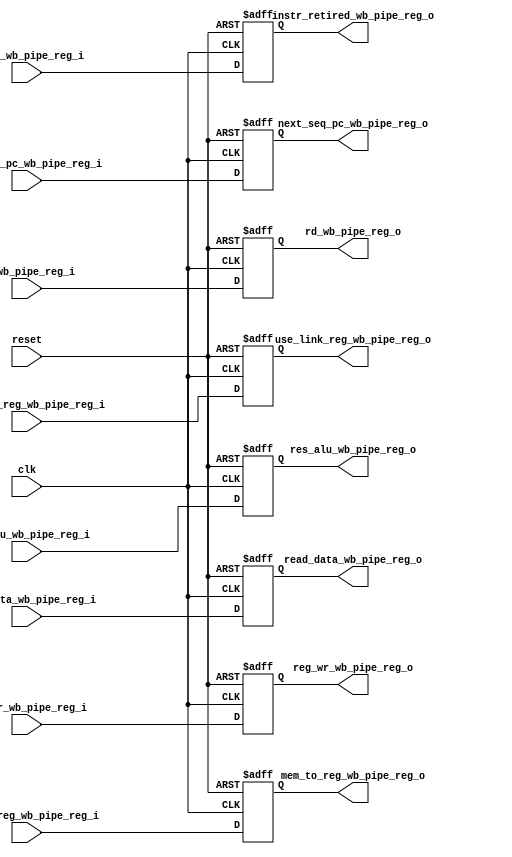
module wb_pipe_reg
    (
        input   wire        clk,
        input   wire        reset,
        input   wire        valid_wb_pipe_reg_i,
        input   wire        reg_wr_wb_pipe_reg_i,
        input   wire        mem_to_reg_wb_pipe_reg_i,
        input   wire[4:0]   rd_wb_pipe_reg_i,
        input   wire[31:0]  res_alu_wb_pipe_reg_i,
        input   wire[31:0]  read_data_wb_pipe_reg_i,
        input   wire        use_link_reg_wb_pipe_reg_i,
        input   wire[31:0]  next_seq_pc_wb_pipe_reg_i,
        output  wire        instr_retired_wb_pipe_reg_o,
        output  wire        reg_wr_wb_pipe_reg_o,
        output  wire        mem_to_reg_wb_pipe_reg_o,
        output  wire[4:0]   rd_wb_pipe_reg_o,
        output  wire[31:0]  res_alu_wb_pipe_reg_o,
        output  wire[31:0]  read_data_wb_pipe_reg_o,
        output  wire        use_link_reg_wb_pipe_reg_o,
        output  wire[31:0]  next_seq_pc_wb_pipe_reg_o
    );

    reg        reg_wr_wb_pipe_reg;
    reg        mem_to_reg_wb_pipe_reg;
    reg        instr_retired_wb_pipe_reg;
    reg[4:0]   rd_wb_pipe_reg;
    reg[31:0]  res_alu_wb_pipe_reg;
    reg[31:0]  read_data_wb_pipe_reg;
    reg        use_link_reg_wb_pipe_reg;
    reg[31:0]  next_seq_pc_wb_pipe_reg;

    assign reg_wr_wb_pipe_reg_o         =  reg_wr_wb_pipe_reg;
    assign mem_to_reg_wb_pipe_reg_o     =  mem_to_reg_wb_pipe_reg;
    assign instr_retired_wb_pipe_reg_o  =  instr_retired_wb_pipe_reg;
    assign rd_wb_pipe_reg_o             =  rd_wb_pipe_reg;
    assign res_alu_wb_pipe_reg_o        =  res_alu_wb_pipe_reg;
    assign read_data_wb_pipe_reg_o      =  read_data_wb_pipe_reg;
    assign next_seq_pc_wb_pipe_reg_o    =  next_seq_pc_wb_pipe_reg;
    assign use_link_reg_wb_pipe_reg_o   =  use_link_reg_wb_pipe_reg;

    always @(posedge clk or posedge reset)
    if (reset)
    begin
        reg_wr_wb_pipe_reg         <=  0;
        mem_to_reg_wb_pipe_reg     <=  0;
        rd_wb_pipe_reg             <=  0;
        res_alu_wb_pipe_reg        <=  0;
        read_data_wb_pipe_reg      <=  0;
        instr_retired_wb_pipe_reg  <=  0;
        next_seq_pc_wb_pipe_reg    <=  0;
        use_link_reg_wb_pipe_reg   <=  0;
    end
    else
    begin
        reg_wr_wb_pipe_reg         <=  reg_wr_wb_pipe_reg_i;
        mem_to_reg_wb_pipe_reg     <=  mem_to_reg_wb_pipe_reg_i;
        rd_wb_pipe_reg             <=  rd_wb_pipe_reg_i;
        res_alu_wb_pipe_reg        <=  res_alu_wb_pipe_reg_i;
        read_data_wb_pipe_reg      <=  read_data_wb_pipe_reg_i;
        instr_retired_wb_pipe_reg  <=  valid_wb_pipe_reg_i;
        next_seq_pc_wb_pipe_reg    <=  next_seq_pc_wb_pipe_reg_i;
        use_link_reg_wb_pipe_reg   <=  use_link_reg_wb_pipe_reg_i;
    end

endmodule